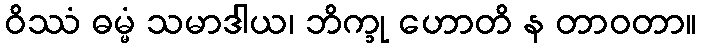
ဝိဿံ ဓမ္မံ သမာဒါယ၊ ဘိက္ခု ဟောတိ န တာဝတာ။